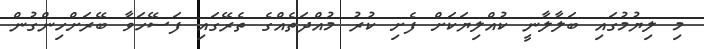
މި ލިޔުމުގައި ބަލާލާނީ ކުއްލިޔަކަށް ފެށި ކުރު މުއްދަތެއްގެ ތެރޭގައި ފަސޭހަވާ ބޭރަށްހިންގުން